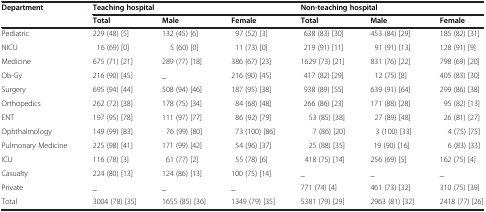
<table><thead><tr><td><b>Department</b></td><td colspan="3"><b>Teaching hospital</b></td><td colspan="3"><b>Non-teaching hospital</b></td></tr><tr><td><b> </b></td><td><b>Total</b></td><td><b>Male</b></td><td><b>Female</b></td><td><b>Total</b></td><td><b>Male</b></td><td><b>Female</b></td></tr></thead><tbody><tr><td>Pediatric</td><td>229 (48) [5]</td><td>132 (45) [6]</td><td>97 (52) [3]</td><td>638 (83) [30]</td><td>453 (84) [29]</td><td>185 (82) [31]</td></tr><tr><td>NICU</td><td>16 (69) [0]</td><td>5 (60) [0]</td><td>11 (73) [0]</td><td>219 (91) [11]</td><td>91 (91) [13]</td><td>128 (91) [9]</td></tr><tr><td>Medicine</td><td>675 (71) [21]</td><td>289 (77) [18]</td><td>386 (67) [23]</td><td>1629 (73) [21]</td><td>831 (76) [22]</td><td>798 (69) [20]</td></tr><tr><td>Ob-Gy</td><td>216 (90) [45]</td><td>_</td><td>216 (90) [45]</td><td>417 (82) [29]</td><td>12 (75) [8]</td><td>405 (83) [30]</td></tr><tr><td>Surgery</td><td>695 (94) [44]</td><td>508 (94) [46]</td><td>187 (95) [38]</td><td>938 (89) [55]</td><td>639 (91) [64]</td><td>299 (86) [38]</td></tr><tr><td>Orthopedics</td><td>262 (72) [38]</td><td>178 (75) [34]</td><td>84 (68) [48]</td><td>266 (86) [23]</td><td>171 (88) [28]</td><td>95 (82) [13]</td></tr><tr><td>ENT</td><td>197 (95) [78]</td><td>111 (97) [77]</td><td>86 (92) [79]</td><td>53 (85) [38]</td><td>27 (89) [48]</td><td>26 (81) [27]</td></tr><tr><td>Ophthalmology</td><td>149 (99) [83]</td><td>76 (99) [80]</td><td>73 (100) [86]</td><td>7 (86) [20]</td><td>3 (100) [33]</td><td>4 (75) [75]</td></tr><tr><td>Pulmonary Medicine</td><td>225 (98) [41]</td><td>171 (99) [42]</td><td>54 (96) [37]</td><td>25 (88) [35]</td><td>19 (90) [16]</td><td>6 (83) [33]</td></tr><tr><td>ICU</td><td>116 (78) [3]</td><td>61 (77) [2]</td><td>55 (78) [6]</td><td>418 (75) [14]</td><td>256 (69) [5]</td><td>162 (75) [4]</td></tr><tr><td>Casualty</td><td>224 (80) [13]</td><td>124 (86) [13]</td><td>100 (75) [14]</td><td>_</td><td>_</td><td>_</td></tr><tr><td>Private</td><td>_</td><td>_</td><td>_</td><td>771 (74) [4]</td><td>461 (73) [32]</td><td>310 (75) [39]</td></tr><tr><td>Total</td><td>3004 (78) [35]</td><td>1655 (85) [36]</td><td>1349 (79) [35]</td><td>5381 (79) [29]</td><td>2963 (81) [32]</td><td>2418 (77) [26]</td></tr></tbody></table>